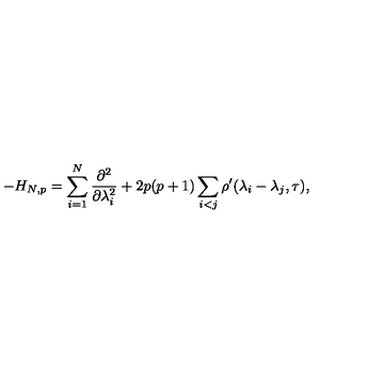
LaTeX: - H _ { N , p } = \sum _ { i = 1 } ^ { N } \frac { \partial ^ { 2 } } { \partial \lambda _ { i } ^ { 2 } } + 2 p ( p + 1 ) \sum _ { i < j } \rho ^ { \prime } ( \lambda _ { i } - \lambda _ { j } , \tau ) ,